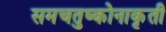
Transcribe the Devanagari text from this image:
समचतुष्कोनाकृती